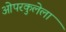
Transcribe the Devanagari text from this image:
ओपरकुलेला